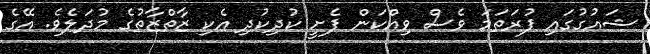
ޝައުގުގައި ފުރަތަމަ ވެސް ވިއްކަން ފެށީ ކުދިކުދި އެކި ޒާތްޒާތުގެ މުދަލެވެ. އޭގެ